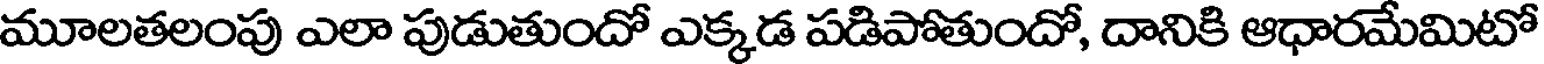
మూలతలంపు ఎలా పుడుతుందో ఎక్కడ పడిపోతుందో, దానికి ఆధారమేమిటో